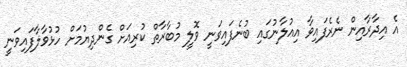
އެ އިދާރާއިން ނެރެފައިވާ އިއުލާނުގައި ބުނެފައިވަނީ ވޮލީ މުބާރާތް ކުރިއަށް ގެންދިޔުމަށް ހުޅުވާލާފައިވަނީ